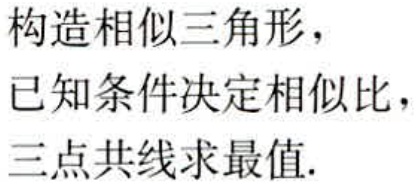
构造相似三角形，

已知条件决定相似比，

三点共线求最值.